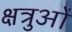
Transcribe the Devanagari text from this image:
क्षत्रुओं